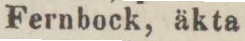
Fernbock, äkta.